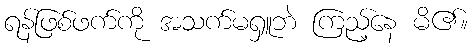
ရန်ဖြစ်ဖက်ကို အသက်မရှူဘဲ ကြည့်နေ မိ၏။